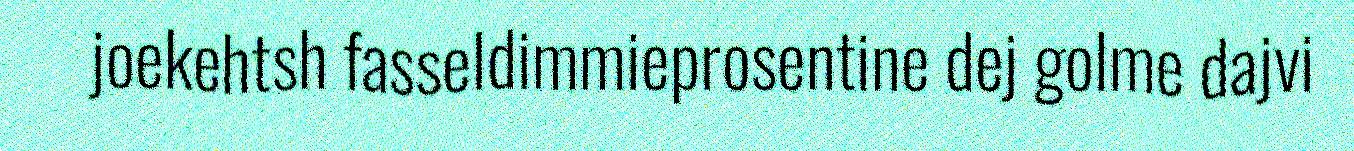
joekehtsh fasseldimmieprosentine dej golme dajvi